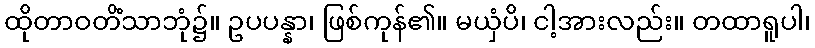
ထိုတာဝတိံသာဘုံ၌။ ဥပပန္နာ၊ ဖြစ်ကုန်၏။ မယှံပိ၊ ငါ့အားလည်း။ တထာရူပါ၊